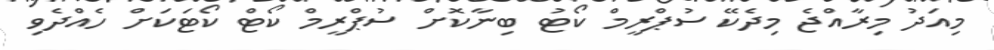
މިއަދު މިރާއްޖެ މިދެކޭ ސުޕްރީމް ކޯޓު ބިނާކޮށް ސުޕްރީމް ކޯޓް ކޯޓަކަށް ހެއްދެވި